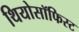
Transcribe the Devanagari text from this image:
थियोसॉफिस्ट